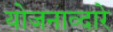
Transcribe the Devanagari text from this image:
योजनाव्दारे